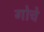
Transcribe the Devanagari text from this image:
गोचे